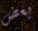
بعض